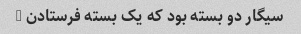
سیگار دو بسته بود که یک بسته فرستادن …